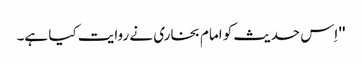
'' اِس حدیث کو امام بخاری نے روایت کیا ہے۔